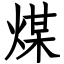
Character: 煤